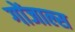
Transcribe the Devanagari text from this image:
गोंजाल्स